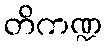
တိကဏ္ဍ